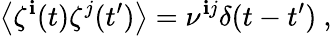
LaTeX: \left\langle\zeta^{\mathbf{i}}(t)\zeta^{j}(t^{\prime})\right\rangle=\nu^{\mathbf{i}j}\delta(t-t^{\prime})\ ,